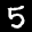
Label: 5